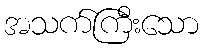
အသက်ကြီးသော